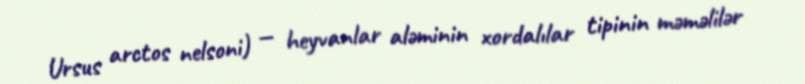
Ursus arctos nelsoni) — heyvanlar aləminin xordalılar tipinin məməlilər